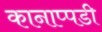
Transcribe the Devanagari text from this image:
कानाप्पडी